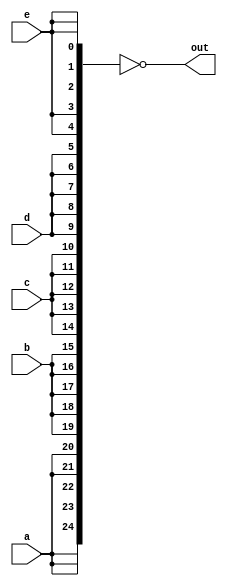
module top_module (
    input a, b, c, d, e,
    output [24:0] out );//

    // The output is XNOR of two vectors created by 
    // concatenating and replicating the five inputs.
    // assign out = ~{ ... } ^ { ... };
    // Insert your code below

    assign out = ~{a, a, a, a, a, b, b, b, b, b, c, c, c, c, c, d, d, d, d, d, e, e, e, e, e};
    // The above code creates a vector of 25 bits, with each bit being the complement of the corresponding bit in the input vector.
    // The XNOR operation then compares each bit in the input vector to its complement, and outputs a 1 if the bits are equal.
endmodule